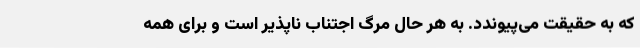
که به حقیقت می‌پیوندد. به هر حال مرگ اجتناب ناپذیر است و برای همه